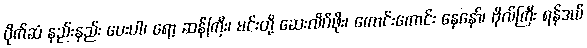
ပိုက်ဆံ နည်းနည်း ပေးပါ၊ ရော့ ဆန်ကြီး၊ မင်းတို့ ဆေးလိပ်ဖိုး၊ ကောင်းကောင်း နေနော်၊ ဗိုလ်ကြီး ရန်ဒယ်